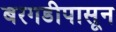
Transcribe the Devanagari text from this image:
बरगडीपासून